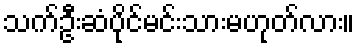
သက်ဦးဆံပိုင်မင်းသားမဟုတ်လား။